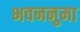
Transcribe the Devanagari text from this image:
भवननुमा